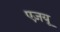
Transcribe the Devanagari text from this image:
एज़यू